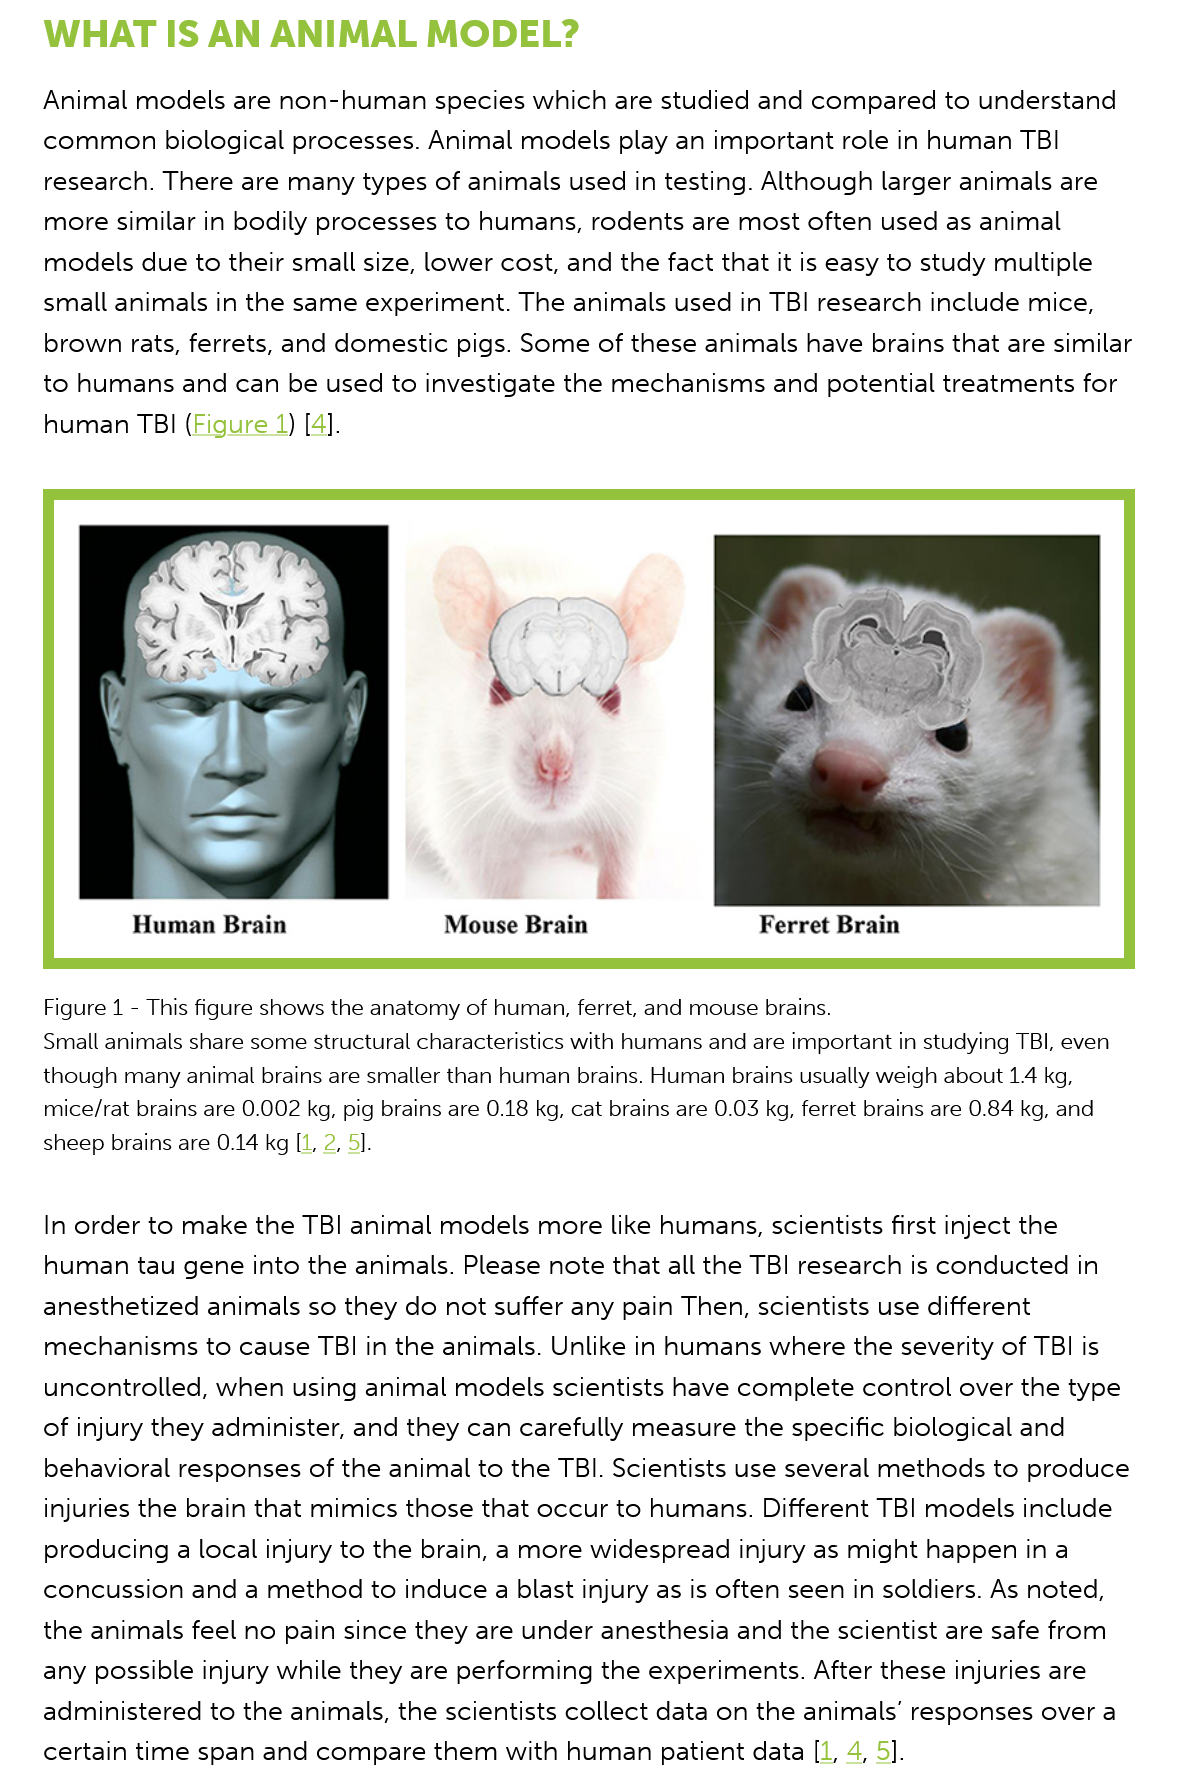
WHAT    IS    AN   ANIMAL    MODEL?
    Animal  models  are non-human  species   which  are studied and compared    to understand
    common  biological   processes. Animal  models  play an important  role in human  TBI
    research. There  are many types  of animals used  in testing. Although larger animals are
    more similar  in bodily processes to humans,  rodents are most  often used  as animal
    models  due  to their small size, lower cost, and the fact that it is easy to study multiple
    small animals  in the same experiment.  The  animals used  in TBI research include mice,
    brown rats, ferrets, and domestic  pigs. Some  of these animals have  brains that are similar
    to humans and   can  be used to investigate the mechanisms  and   potential treatments for
    human TBI  (Figure  4) [4].
     Human Brain    Mouse Brain    Ferret Brain
    Figure 1
     -
     This figure shows the anatomy of human, ferret, and mouse brains.
    Small animals share some structural characteristics with humans and are important in studying TBI, even
    though many animal brains are smaller than human brains. Human brains usually weigh about 1.4 kg,
    mice/rat brains are 0.002 kg, pig brains are 0.18 kg, cat brains are 0.03 kg, ferret brains are 0.84 kg, and
    sheep brains are 0.14 kg [1, 2, 5].
    In order to make  the TBI animal models   more  like humans, scientists first inject the
    human tau   gene into the animals. Please  note that all the TBI research is conducted in
    anesthetized  animals so they do  not suffer any pain Then, scientists use different
    mechanisms  to   cause TBI in the animals. Unlike in humans  where  the severity of TBI is
    uncontrolled,  when using  animal  models  scientists have complete  control over the type
    of injury they administer, and they can carefully measure  the specific biological and
    behavioral  responses of the animal  to the TBI. Scientists use several methods to produce
    injuries the brain that mimics those that occur to humans.  Different TBI models  include
    producing  a local injury to the brain, a more widespread injury as might happen  ina
    concussion   and a method   to induce a blast injury as is often seen in soldiers. As noted,
    the animals  feel no pain since they are under anesthesia and  the scientist are safe from
    any  possible injury while they are performing the experiments.  After these injuries are
    administered  to the animals, the scientists collect data on the animals’ responses over a
    certain time span  and compare   them  with human patient  data  [1, 4, 5].